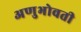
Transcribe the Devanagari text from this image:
अणुभोवती